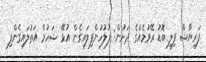
ފަރިޔާޝް ފިލީ ބޮޑު ރޭވުމެއްގެ ދަށުން: ފުލުހުންފިލައިގެން އުޅޭ ޝަހުމް އަތުލައިގެންފި